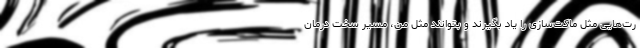
رت‌هایی مثل ماکت‌سازی را یاد بگیرند و بتوانند مثل من، مسیر سخت درمان